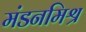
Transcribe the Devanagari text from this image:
मंडनमिश्र